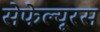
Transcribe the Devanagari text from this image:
सेफेल्यूरस